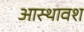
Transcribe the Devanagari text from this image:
आस्थावश